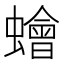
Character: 𧒯